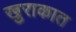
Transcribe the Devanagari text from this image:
खुराकात